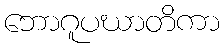
ဘောဂူပဃာတိကာ